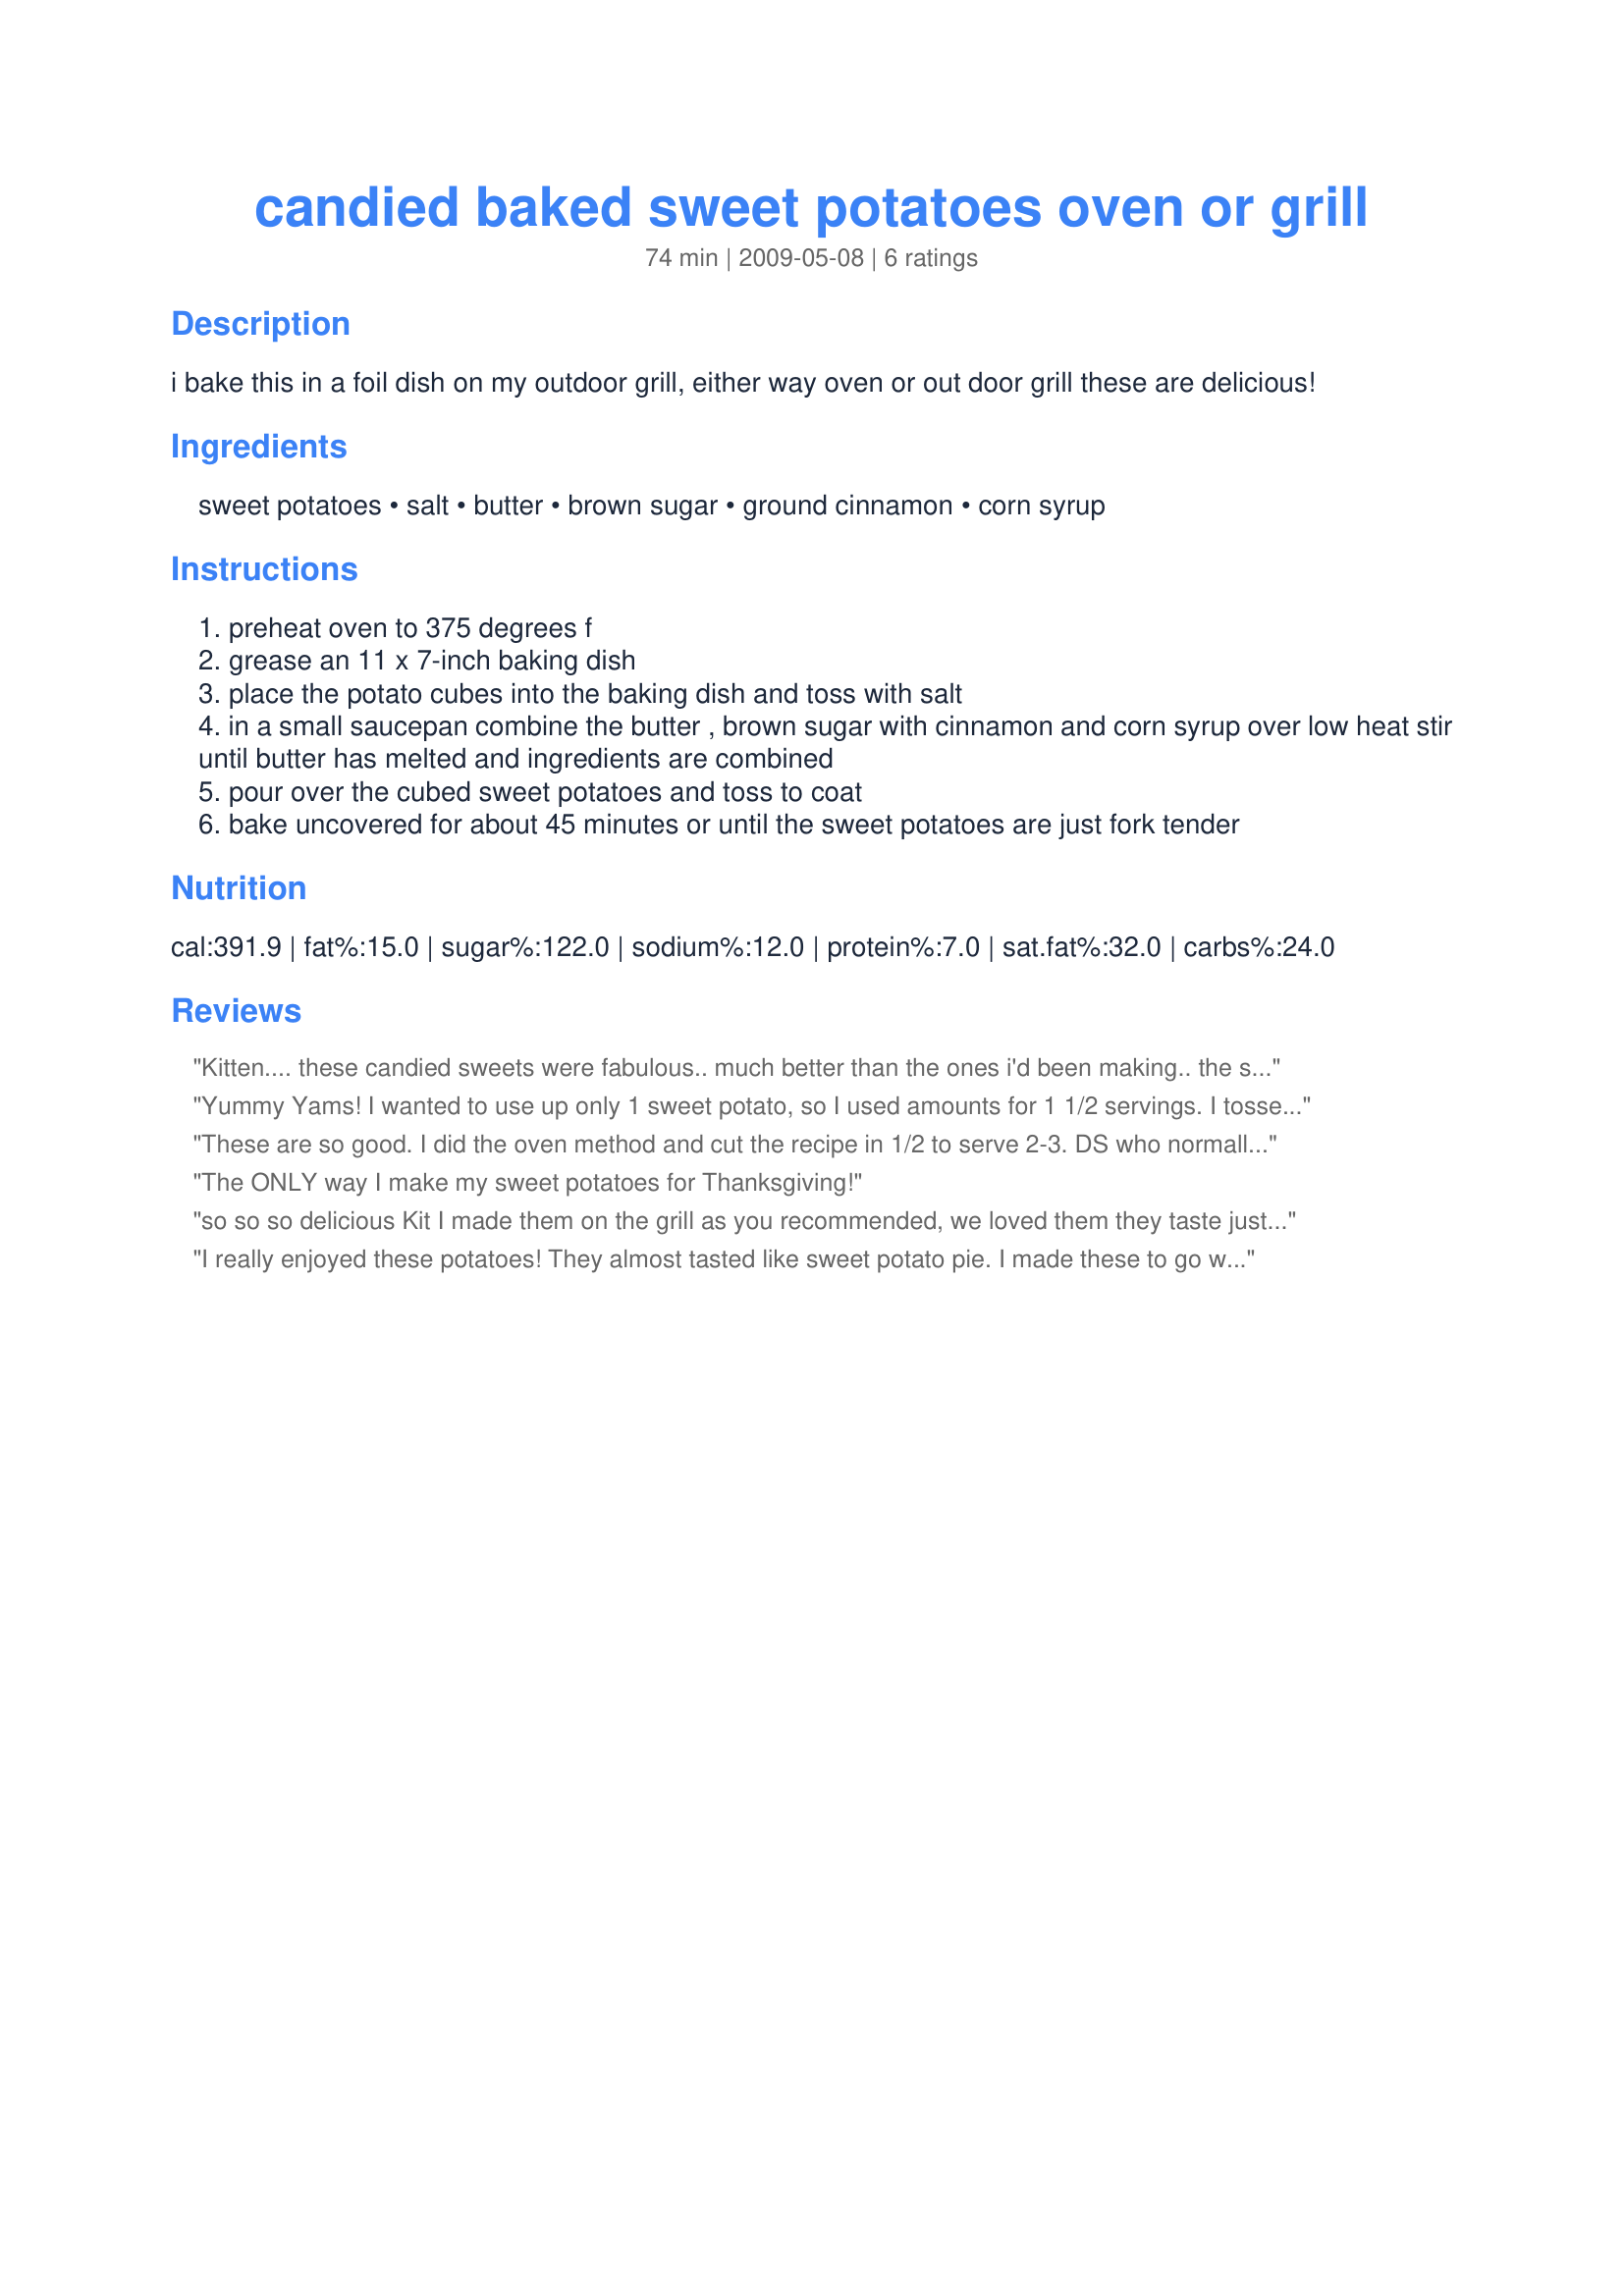
candied baked sweet potatoes oven or grill
Preparation time: 74 minutes

i bake this in a foil dish on my outdoor grill, either way oven or out door grill these are delicious!

Ingredients:
sweet potatoes, salt, butter, brown sugar, ground cinnamon, corn syrup

Steps:
preheat oven to 375 degrees f
grease an 11 x 7-inch baking dish
place the potato cubes into the baking dish and toss with salt
in a small saucepan combine the butter , brown sugar with cinnamon and corn syrup over low heat stir until butter has melted and ingredients are combined
pour over the cubed sweet potatoes and toss to coat
bake uncovered for about 45 minutes or until the sweet potatoes are just fork tender

Reviews:
Kitten.... these candied sweets were fabulous.. much better than the ones i'd been making.. the sweetness was perfect and were very easy to make.. will make often.. thanks for sharing... nita
Yummy Yams! I wanted to use up only 1 sweet potato, so I used amounts for 1 1/2 servings. I tossed potatoes directly in the pot in which I melted the sugar (less clean-up). I also lined my baking dish with foil (also for clean-up). Popped this in my convection toaster-oven and it was ready in less than 30 minutes. These truly are candied! Some of the pieces on the side were slightly crunchy and stuck to my teeth, like caramel :) Ate them right out of the pan. Thanks for another great recipe Kittencal!!!
These are so good. I did the oven method and cut the recipe in 1/2 to serve 2-3. DS who normally is not a sweet-potato fan was even caught snatching a couple right from the dish and popping into his mouth. Easy plus delicious!!!
The ONLY way I make my sweet potatoes for Thanksgiving!
so so so delicious Kit I made them on the grill as you recommended, we loved them they taste just like candy mabey better, thank you
I really enjoyed these potatoes! They almost tasted like sweet potato pie. I made these to go with a ham at Christmas, and they paired very well. The only change I'll make is to reduce the cinnamon next time. Made for TYM tag.
